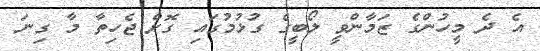
އެ ދެ މީހުންގެ ޒަމާންވީ ލޯބީގެ ގުޅުމުގައި ގޮށް ޖެހިތާ މާ ގިނަ